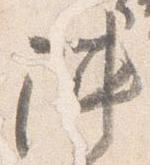
陣